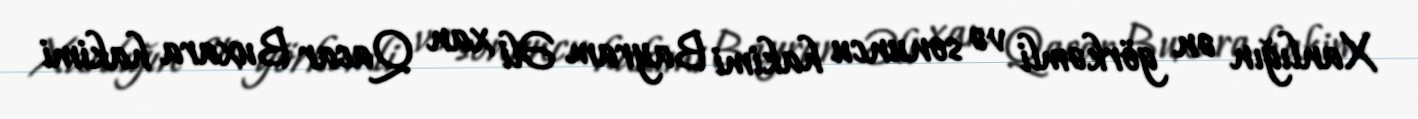
Xanlığın ən görkəmli və sonuncu hakimi Bayram Əli xan Qacar Buxara hakimi